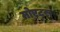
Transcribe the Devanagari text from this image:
मोएट्स